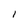
Character: I